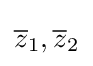
{\overline {z}}_{1},{\overline {z}}_{2}